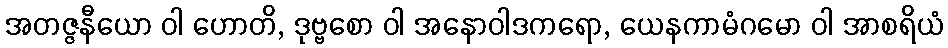
အတဇ္ဇနီယော ဝါ ဟောတိ, ဒုဗ္ဗစော ဝါ အနောဝါဒကရော, ယေနကာမံဂမော ဝါ အာစရိယံ